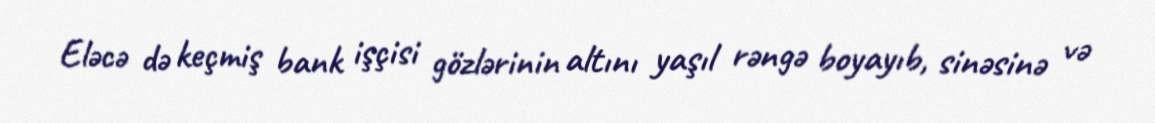
Eləcə də keçmiş bank işçisi gözlərinin altını yaşıl rəngə boyayıb, sinəsinə və